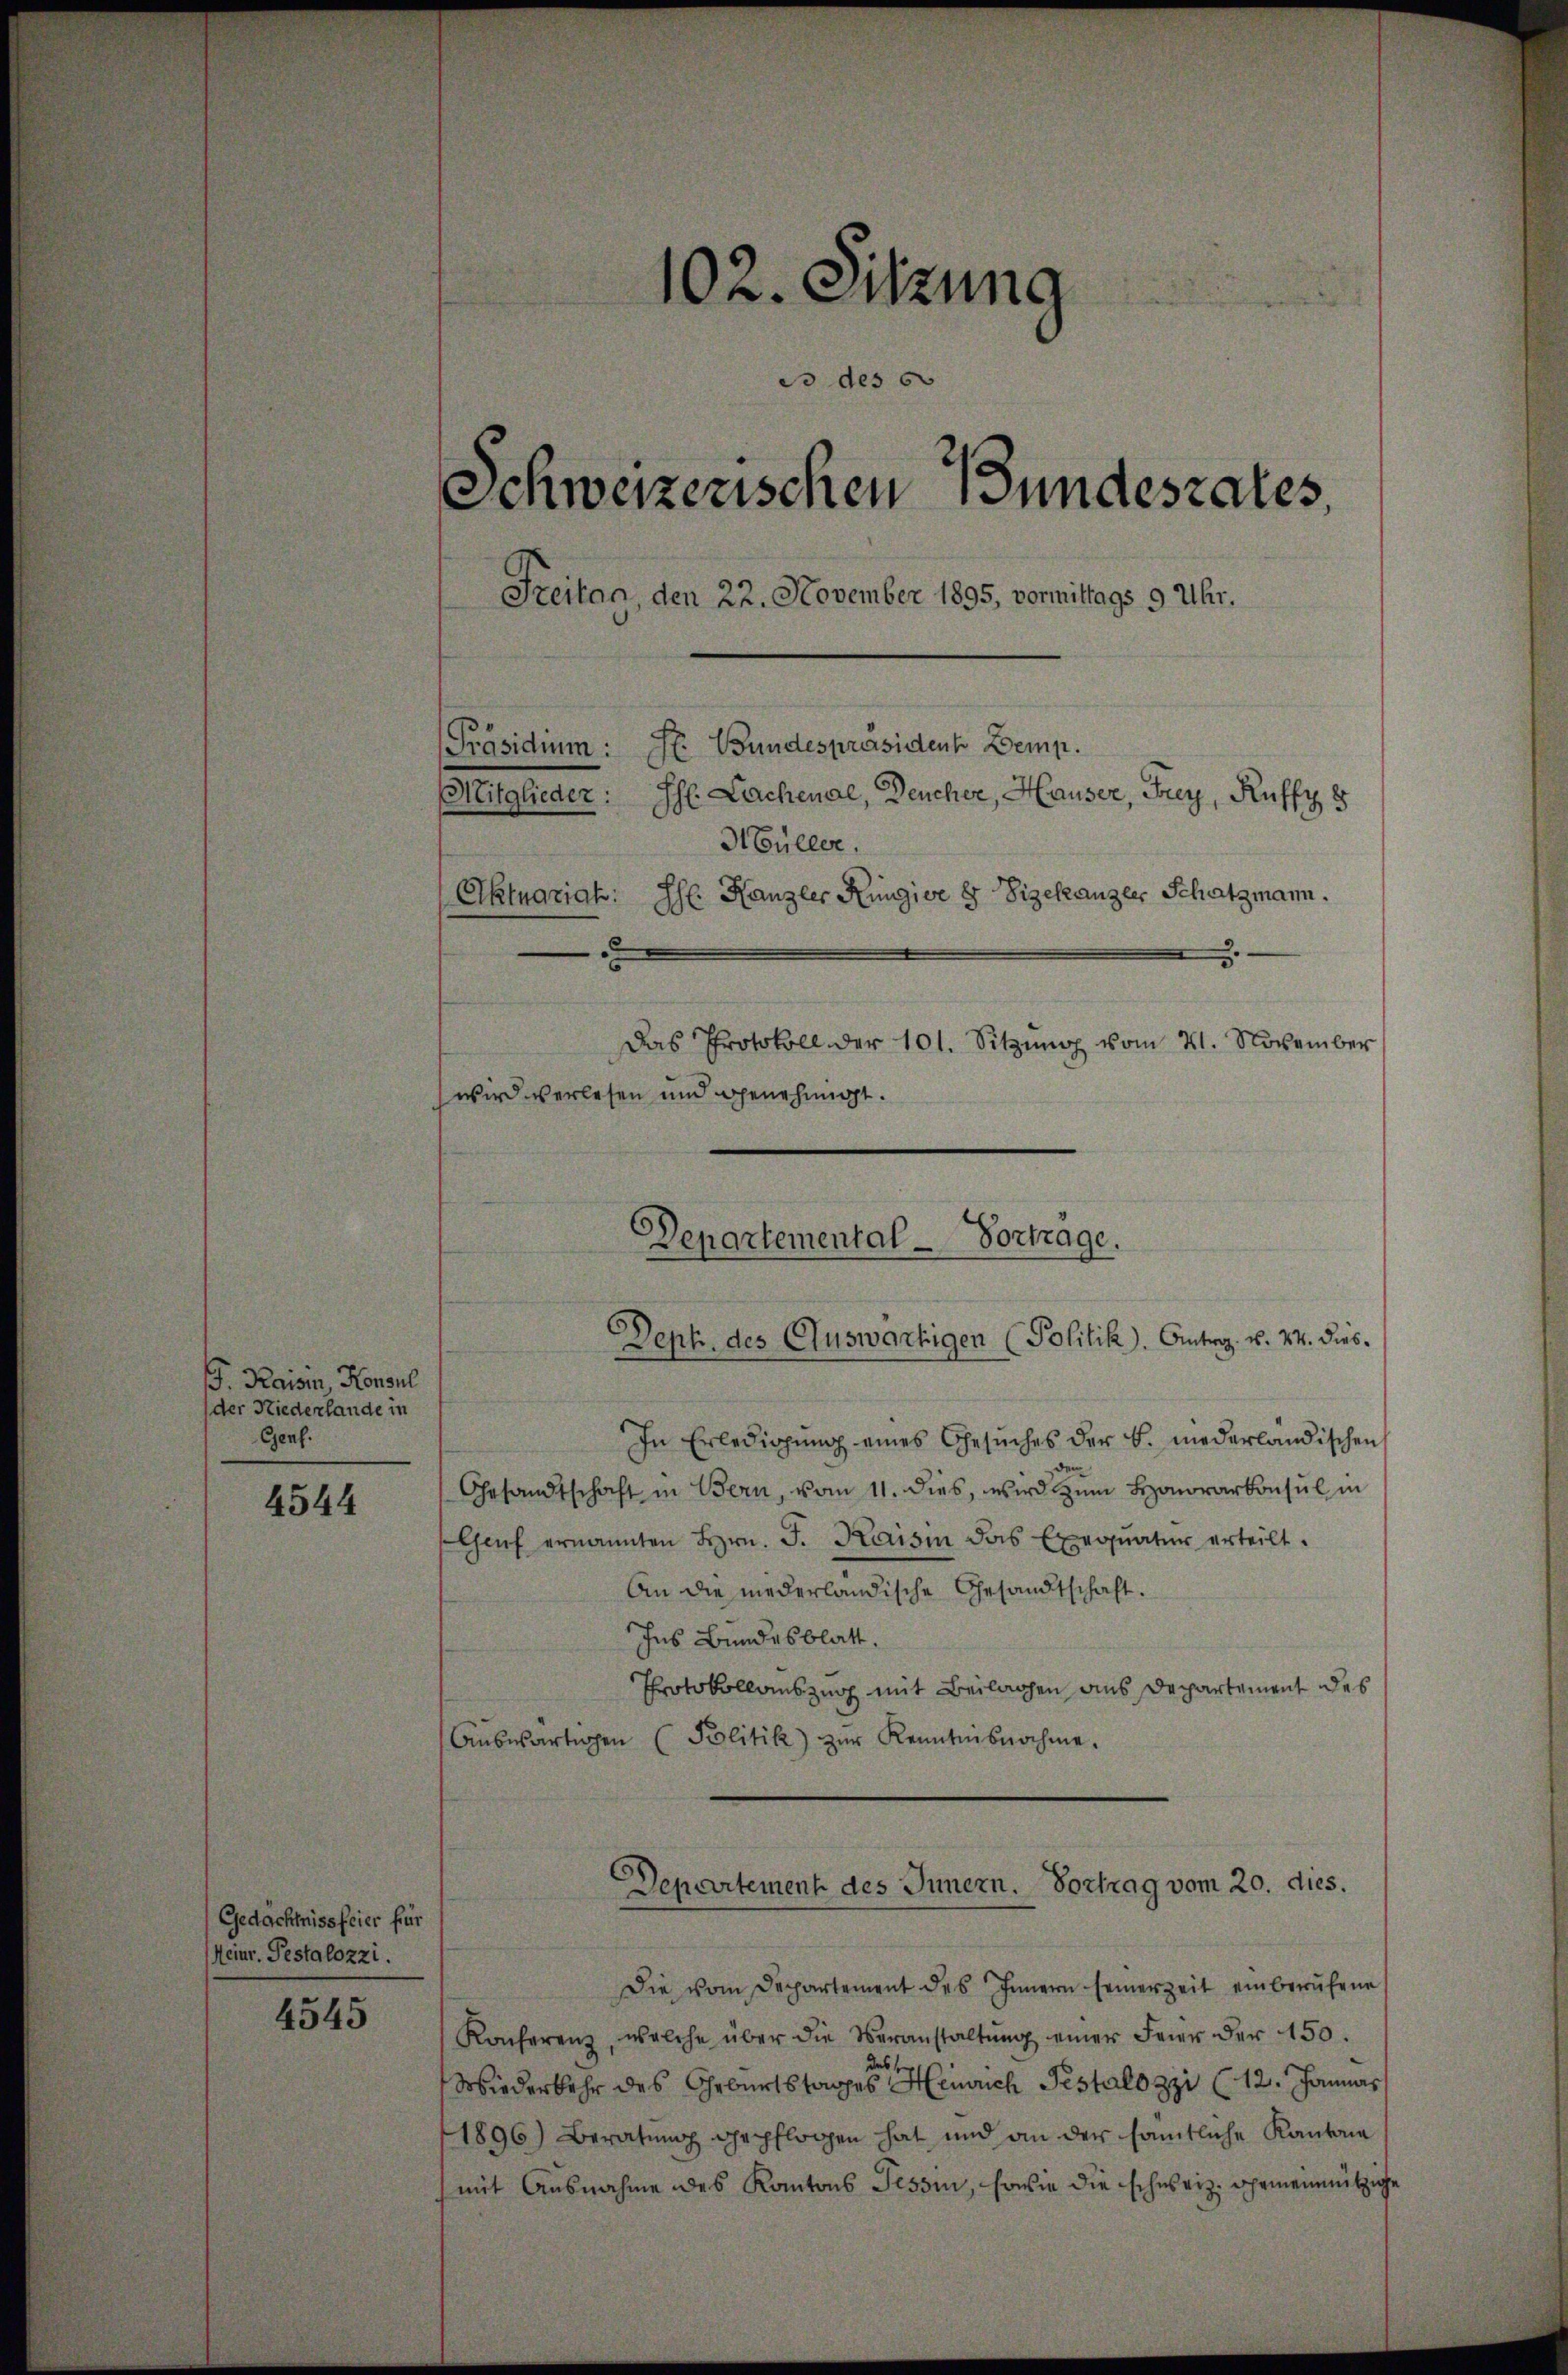
. Kaisen, Konsul
(der Niederlande in
Genf.

4544

Gedächtnissfeier für
Heinr. Pestalozzi.

4545

102. Sitzung
es des 60
Schweizerischen Bundesrates,
Freitag, den 22. November 1895, vormittags 9 Uhr.
[Präsidium: St. Bundespräsident Demp.
Mitglieder: Ihr Lachenal, Deucher, Hauser, Frey, Ruffy 8
H Güller.
Aktuariat. Ihr Kanzler Küngioe 8 Vizekanzer Schatzmann.
.
Das Protokoll der 101. Sitzŭng vom 21. November
wird verlesen und genehmigt.

In Erledigŭng eines Gesŭches der B. niederländischen
Gesandtschaft in Bern, vom 11. dies, wird zŭm Honorarkonsul in
Genf ernannten Hrn. J. Kaisen das Exequatur erteilt.
An die niederländische Gesandtschaft.
Ins Bundesblatt.
Protokollauszug mit Beilagen ans Departement des
Aŭswärtigen (Politik zŭr Kenntnisnahme.
Departement des Innern. Vortrag vom 20. dies.
Die vom Departement des Innern seinerzeit einberufene
Konferenz, welche über die Veranstaltŭng einer Feier der 150.
des
Wiederkehr des Geburtstages Heinrich Pestalozzi (12. Januar
1896) Beratung gepflogen hat und an der sämtliche Kantone
(mit Ausnahme des Kantons Tessin, sowie die schweiz. Gemeinnützige

Departemental - Vortrage.
Dept. des Auswärtigen (Politik. Antrag. v. 24. dies¬